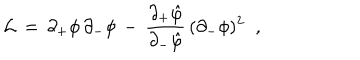
{ \cal L } \, = \, \partial _ { + } \phi \, \partial _ { - } \phi \, - \, { \frac { \partial _ { + } \hat { \varphi } } { \partial _ { - } \hat { \varphi } } } \, ( \partial _ { - } \phi ) ^ { 2 } \; \; ,